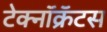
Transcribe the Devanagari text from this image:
टेक्नॉक्रॅटस